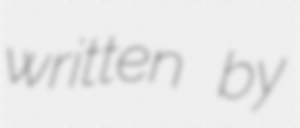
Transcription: written by